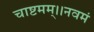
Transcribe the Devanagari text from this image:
चाष्टमम्।।नवमं